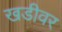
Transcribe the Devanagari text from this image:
खडीवर